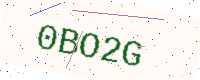
Text: 0BO2G